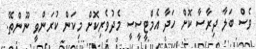
ވެސް ބަލާ ދިރާސާ ކޮށް ހަދާ އެމްޓީސީސީ މެދުވެރިކޮށް މިކަން ކުރަންވީ ނޫންތޭ.